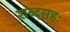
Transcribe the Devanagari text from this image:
शब्दसहः